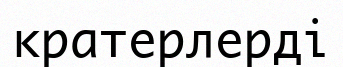
кратерлерді